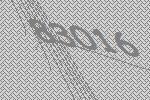
83016